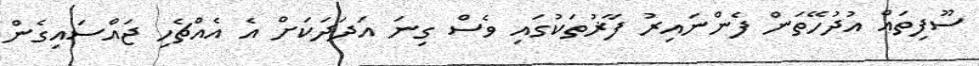
ސޫފިތައް އުދުހޭތަން ފެންނައިރު ފާޜުތަކުގައި ވެސް ގިނަ އަދަދަކަށް އެ އެއްޗެހި ޖައްސައިގެން